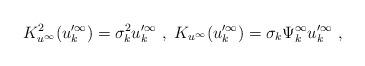
LaTeX: \begin{align*}K_{u^\infty}^2(u'^\infty_k)=\sigma_k ^2u'^\infty_k\ ,\ K_{u^\infty }(u'^\infty_k)=\sigma_k \Psi_k^\infty u'^\infty_k\ ,\end{align*}